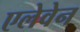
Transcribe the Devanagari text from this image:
एलेवेन